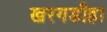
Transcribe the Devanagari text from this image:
खरगडीहा